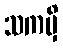
သကမှိ